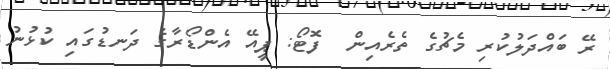
ރޭ ބައްދަލުކުރި މެޗުގެ ތެރެއިން  ފޮޓޯ: ޕީއޭ އެންޑޯރާގެ ދަނޑުގައި ކުޅުނު